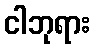
ငါဘုရား